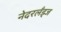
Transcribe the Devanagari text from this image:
नेदरलँड्ज